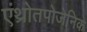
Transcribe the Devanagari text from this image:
एंथ्रोतपोजेनिक